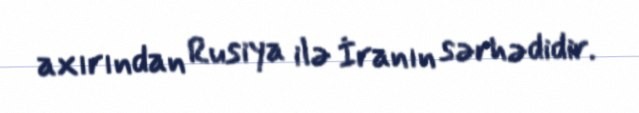
axırından Rusiya ilə İranın sərhədidir.